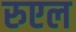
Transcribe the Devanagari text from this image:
रुएल